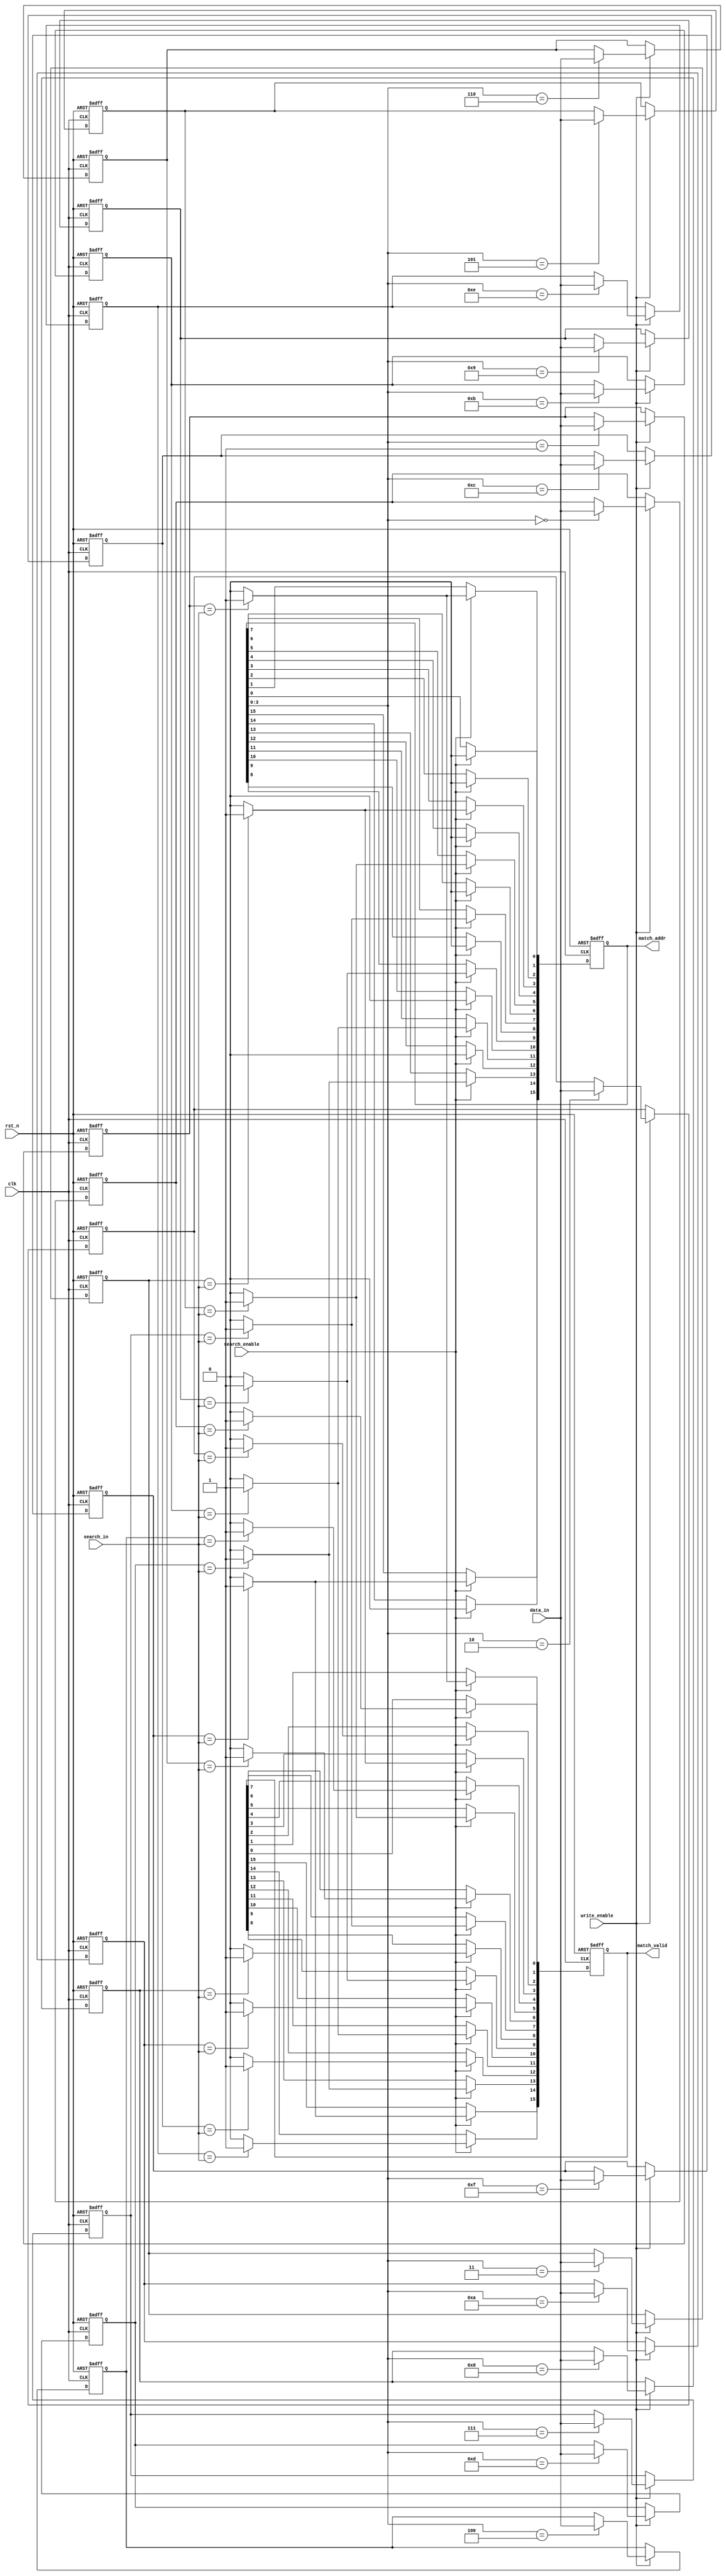
module MultimatchCAM #( 
    parameter DATA_WIDTH = 8,  // Width of each data entry
    parameter DEPTH = 16        // Number of entries in the CAM
)(
    input wire clk,                        // Clock signal
    input wire rst_n,                      // Active low reset
    input wire [DATA_WIDTH-1:0] data_in,  // Data input for write operation
    input wire [DATA_WIDTH-1:0] search_in, // Data input for search operation
    input wire write_enable,               // Write enable signal
    input wire search_enable,              // Search enable signal
    output reg [DEPTH-1:0] match_addr,    // Match address output
    output reg [DEPTH-1:0] match_valid     // Match valid signals
);

// Storage array for CAM entries
reg [DATA_WIDTH-1:0] cam_array [0:DEPTH-1];

// Initialize outputs
integer i;
always @(posedge clk or negedge rst_n) begin
    if (!rst_n) begin
        match_addr <= 0;
        match_valid <= 0;
        // Initialize CAM entries to zero
        for (i = 0; i < DEPTH; i = i + 1) begin
            cam_array[i] <= 0;
        end
    end else begin
        if (write_enable) begin
            // Write data to CAM at the specified address
            cam_array[match_addr] <= data_in;
        end

        if (search_enable) begin
            match_addr <= 0; // Clear previous matches
            match_valid <= 0; // Clear previous valid signals
            // Perform search operation
            for (i = 0; i < DEPTH; i = i + 1) begin
                if (cam_array[i] == search_in) begin
                    match_addr[i] <= i; // Store match address
                    match_valid[i] <= 1; // Set valid signal for this match
                end
            end
        end
    end
end

endmodule